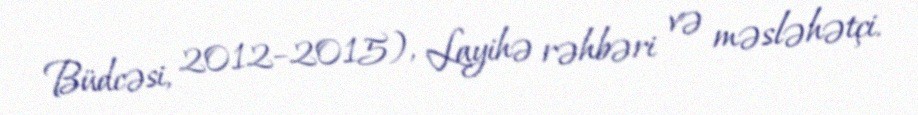
Büdcəsi, 2012–2015), Layihə rəhbəri və məsləhətçi.